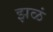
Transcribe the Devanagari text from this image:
झळं